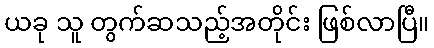
ယခု သူ တွက်ဆသည့်အတိုင်း ဖြစ်လာပြီ။